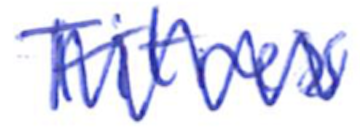
Text: Fitness
Cross-out: zig-zag
Writing tool: ballpoint